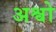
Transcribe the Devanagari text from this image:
अश्वो